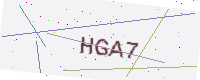
Text: HGA7